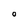
Character: O